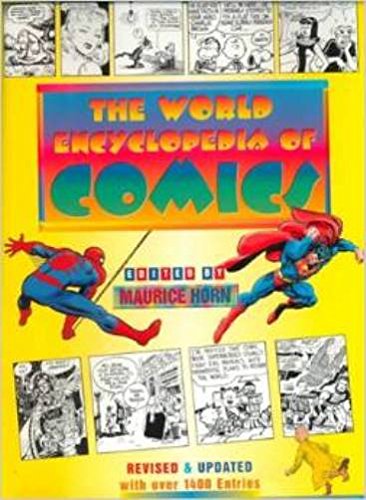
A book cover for The World Encyclopedia of Comics Set; Reference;